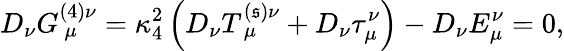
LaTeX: D_{\nu}G_{~\mu}^{(4)\nu}=\kappa_{4}^{2}\left({D_{\nu}T_{~\mu}^{(\mathfrak{s})\nu}+D_{\nu}\tau_{\mu}^{\nu}}\right)-D_{\nu}E_{\mu}^{\nu}=0,